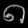
Digit: ၈